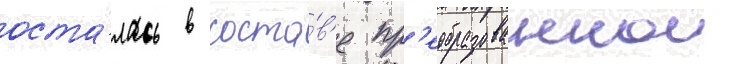
оста́лась в соста́в'е пр'еобразованнои